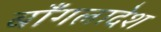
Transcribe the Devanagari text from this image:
बाँगलादेश